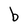
Character: b